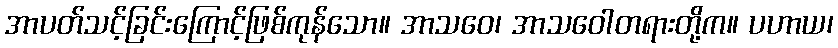
အာပတ်သင့်ခြင်းကြောင့်ဖြစ်ကုန်သော။ အာသဝေ၊ အာသဝေါတရားတို့က။ ပဟာယ၊